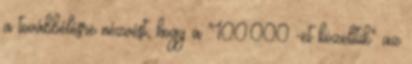
a továbbélésre nézvést, hogy a "100.000 -et közelítik" az